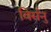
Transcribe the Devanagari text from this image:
विर्सनु